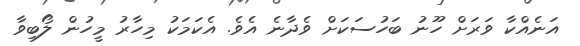
އަނެއްކާ ވަރަށް ހޫނު ބަހުސަކަށް ވެދާނެ އެވެ. އެކަމަކު މިހާރު މީހުން ލޯބިވާ